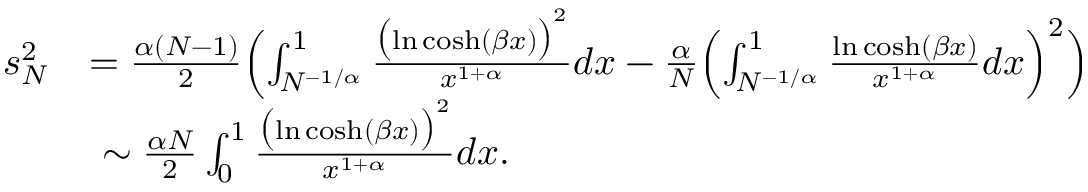
\begin{array} { r l } { s _ { N } ^ { 2 } } & { = \frac { \alpha ( N - 1 ) } { 2 } \Bigl ( \int _ { N ^ { - 1 / \alpha } } ^ { 1 } \frac { \bigl ( \ln \cosh ( \beta x ) \bigr ) ^ { 2 } } { x ^ { 1 + \alpha } } d x - \frac { \alpha } { N } \Bigl ( \int _ { N ^ { - 1 / \alpha } } ^ { 1 } \frac { \ln \cosh ( \beta x ) } { x ^ { 1 + \alpha } } d x \Bigr ) ^ { 2 } \Bigr ) } \\ & { ~ \sim \frac { \alpha N } { 2 } \int _ { 0 } ^ { 1 } \frac { \bigl ( \ln \cosh ( \beta x ) \bigr ) ^ { 2 } } { x ^ { 1 + \alpha } } d x . } \end{array}